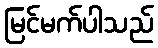
မြင်မက်ပါသည်